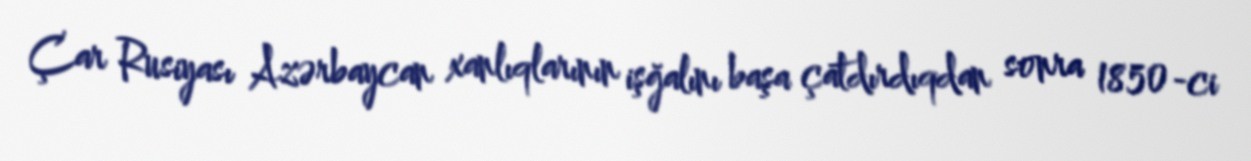
Çar Rusiyası Azərbaycan xanlıqlarının işğalını başa çatdırdıqdan sonra 1850-ci